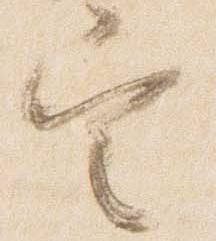
定